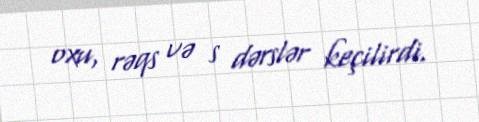
oxu, rəqs və s dərslər keçilirdi.